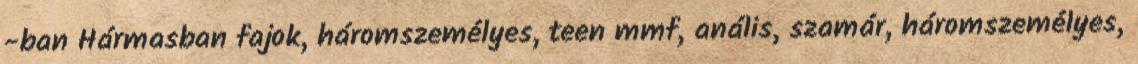
-ban Hármasban fajok, háromszemélyes, teen mmf, anális, szamár, háromszemélyes,